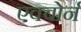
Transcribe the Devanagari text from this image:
एक्बोर्न